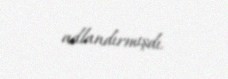
adlandırmışdı.